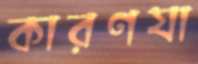
কারণযা